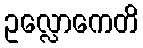
ဥလ္လောကေတိ